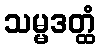
သမ္မဒတ္ထံ